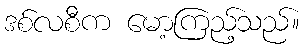
ဒစ်လစီက မော့ကြည့်သည်။